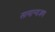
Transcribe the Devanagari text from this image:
सामान्यजण